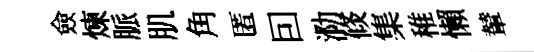
僉煉脈肌角匿囙泐倐集稚懶輦